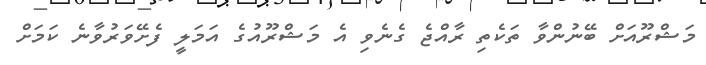
މަޝްރޫއަށް ބޭނުންވާ ތަކެތި ރާއްޖެ ގެނެވި އެ މަޝްރޫއުގެ އަމަލީ ފެށޭވަރުވާނެ ކަމަށް